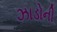
ઝાડોની